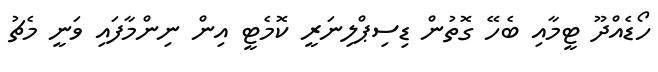
ހޯޑެއްދޫ ޓީމާއި ބެހޭ ގޮތުން ޑިސިޕްލިނަރީ ކޮމެޓީ އިން ނިންމާފައި ވަނީ މެޗު